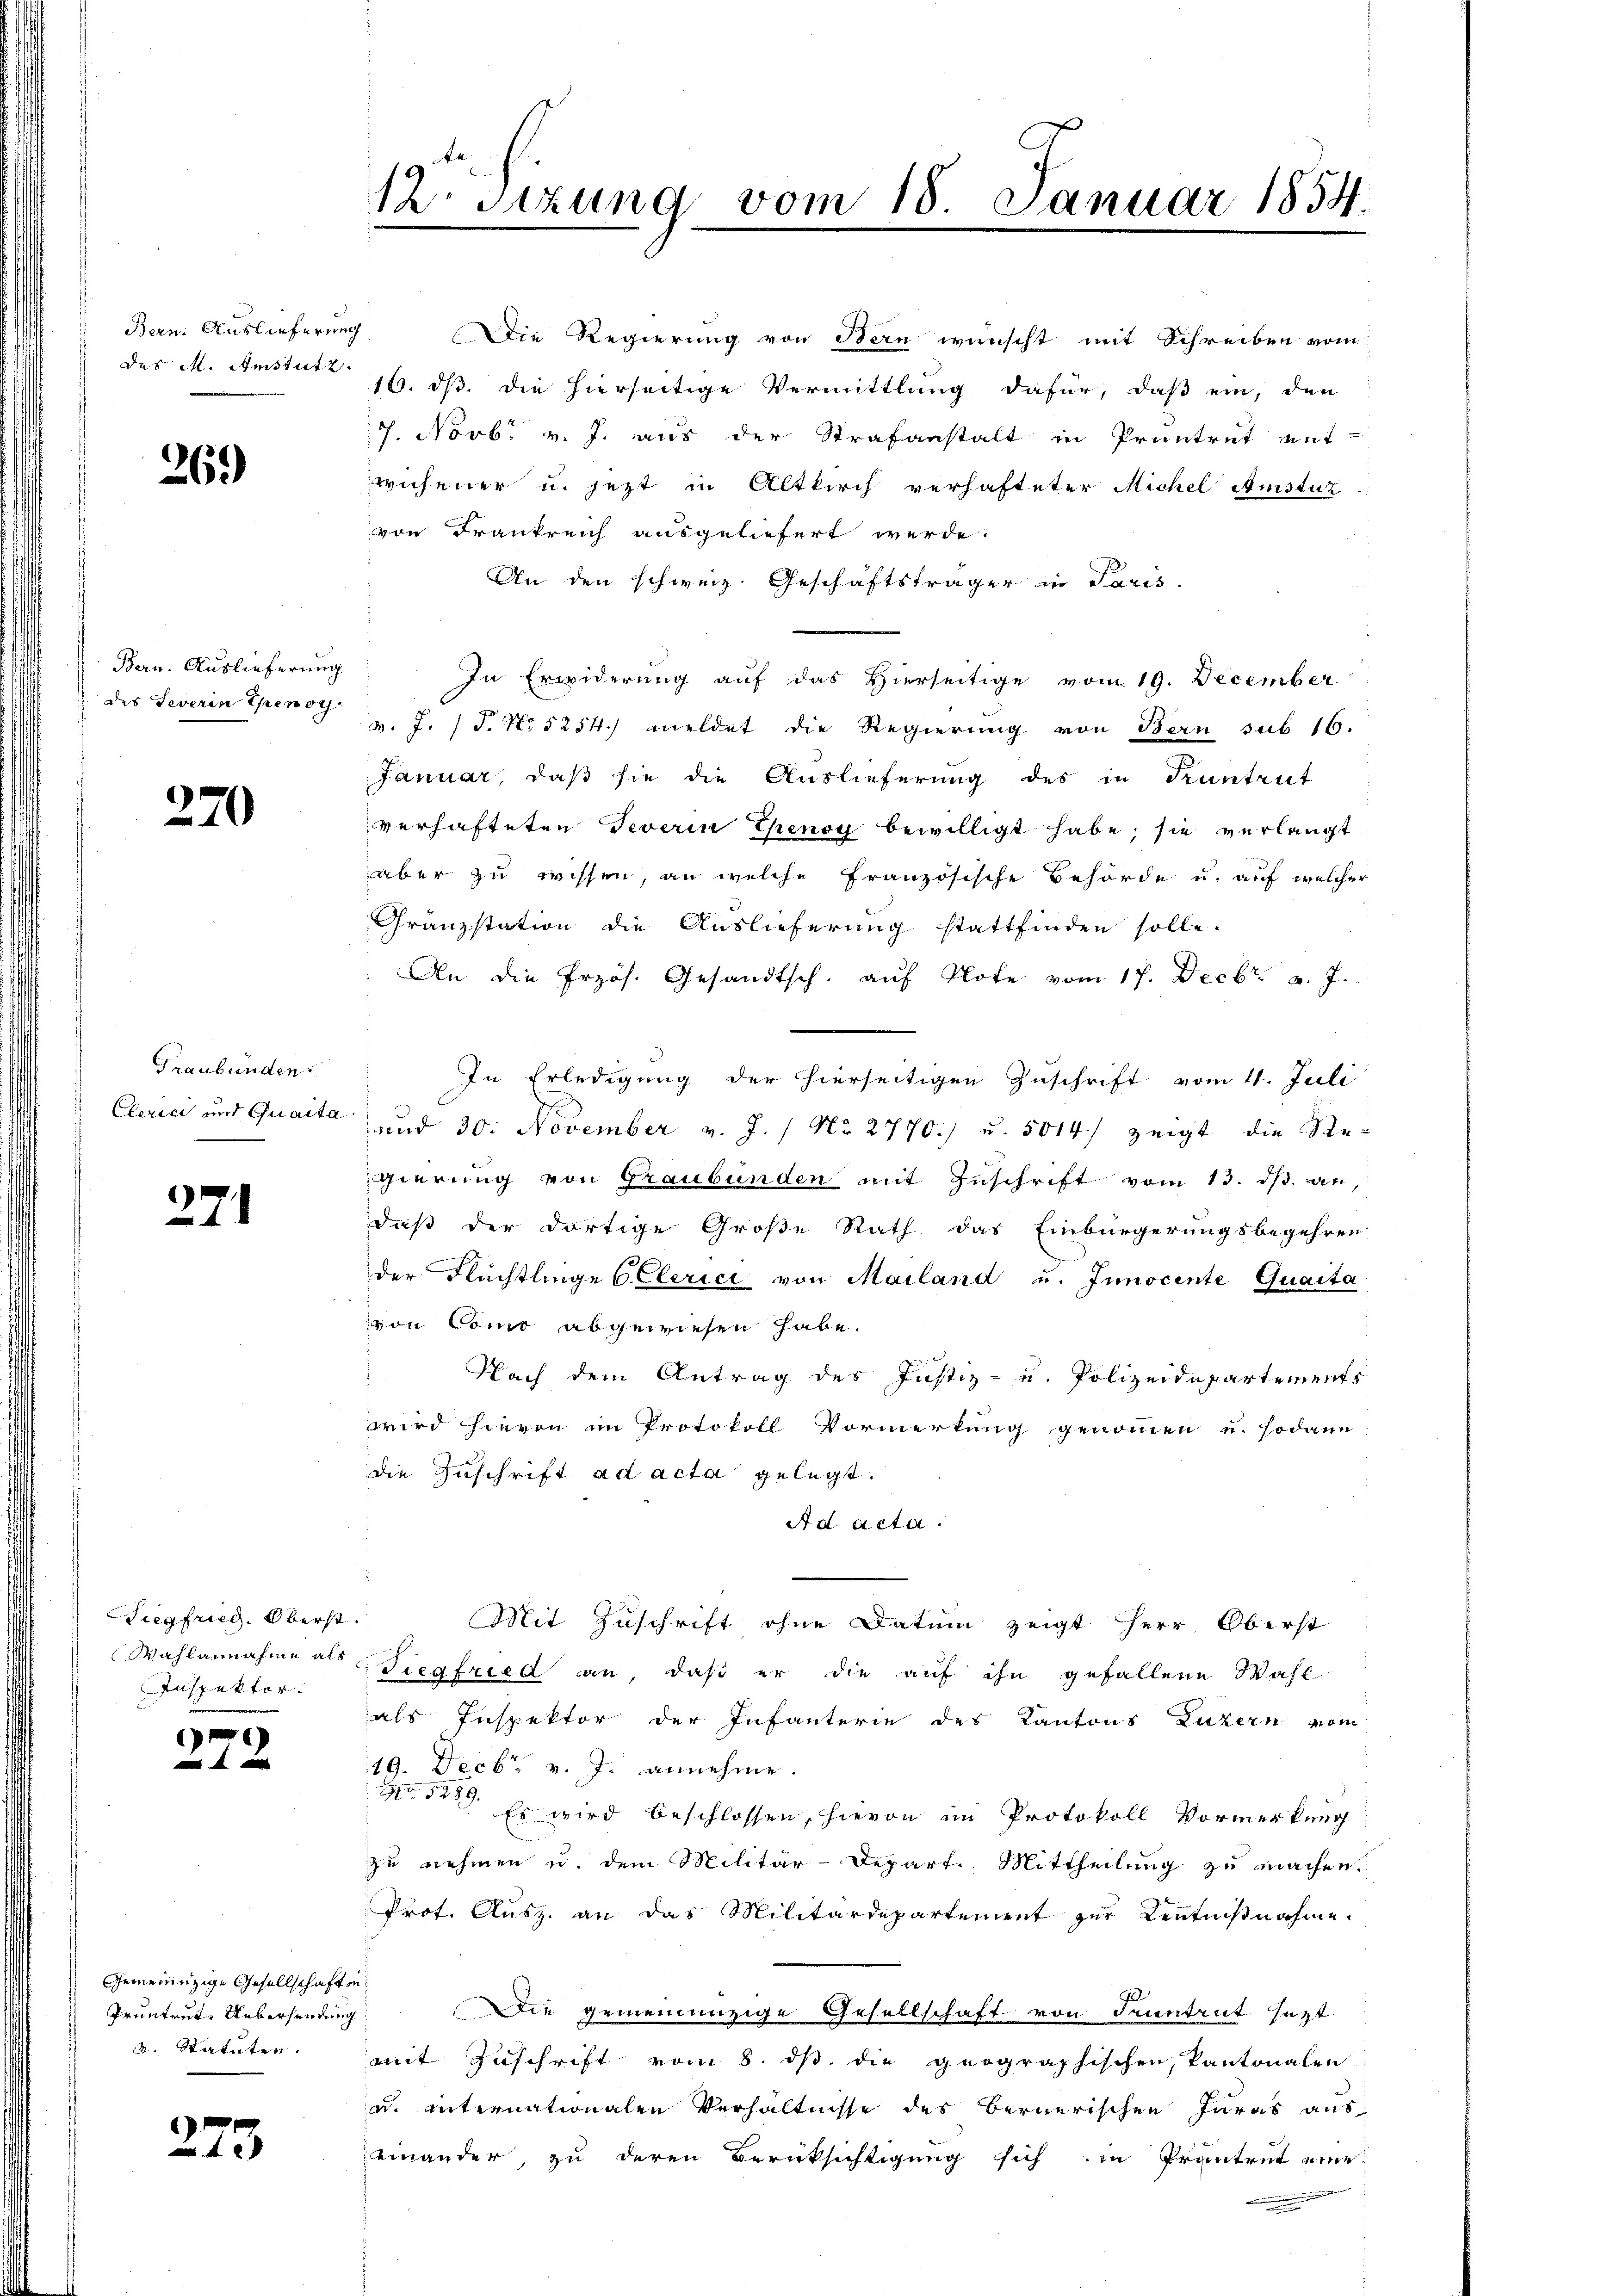
Bern: Auslieferung
des M. Amstutz.

26.)

Bern. Auslieferung
 des Severin Ehenor

270

Graubünden

27.

Siegfried, Oberst.
Wahlannahme als
Inspektor.

Gemeinnzige Gesellschaften
Pruntrut. Uebersendung
2. Statuten.

273

12. Sitzung vom 18. Januar 1854.

Die Regierung von Bern wünscht mit Schreiben vom
16. ds. die hierseitige Vermittlung dafür, daß ein, den
7. Novbr v. J. aus der Strafanstalt in Pruntrut ant-
wichener u. jetzt in Altkirch verhafteter Michel Anstat
von Frankreich ausgeliefert werde.
An den schweiz. Geschäftsträger in Paris.
In Erwiderung auf das Hierseitige vom 19. December
v. J. J. No 5254.) meldet die Regierung von Bern sub 16.
Januar, daß sie die Auslieferung des in Pruntrut
verhafteten Teverin Ehenoy bewilligt habe; sie verlangt
aber zu wissen, an welche französische Behörde u. auf welcher
Gränzstation die Auslieferung stattfinden solle.
An die frzös. Gesandtsch. auf Note vom 17. Decbr. v. J.
In Erledigung der hierseitigen Zuschrift vom 11. Juli
Clerici und Quaita und 30. November v. J. / No 2770./ u. 5014/ zeigt die Regierung von Graubünden mit Zuschrift vom 13. ds. an,
daß der dortige Große Rath das Einbürgerungsbegehren
2
der Flüchtlinge b. Clerici von Mailand u. Innocente Quaita
von Como abgewiesen habe.
Nach dem Antrag des Justiz- u. Polizeidepartements
wird hievon im Protokoll Vormerkung genommen u. sodann
die Zuschrift ad acta gelegt.
Ad Acta.
Mit Zuschrift ohne Datum zeigt Herr Oberst
Tiegfried an, daß er die auf ihn gefallene Wahl
als Inspektor der Infanterie des Kantons Luzern vom
49. Decbr. v. J. annehme.
No. 5289.
Es wird beschlossen, hievon im Protokoll Vormerkung
zu nehmen u. dem Militär-Depart. Mittheilung zu machen.
Prot. Ausz. an das Militärdepartement zur Kenntnißnahme.
Die gemeinanzige Gesellschaft von Kenntrut satt
mit Zuschrift vom 8. ds. die geographischen, Pantonalen
u. internationalen Verhältnisse des Bernerischen Juras aus
einander, zu deren Berüksichtigung sich in Prantrat eine